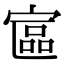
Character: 𡩾